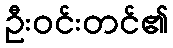
ဦးဝင်းတင်၏